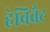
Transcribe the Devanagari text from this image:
हेविवैट